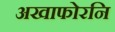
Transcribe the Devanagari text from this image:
अखाफोरनि